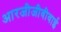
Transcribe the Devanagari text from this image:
आरजीजीवीवाई